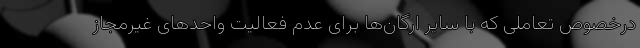
درخصوص تعاملی که با سایر ارگان‌ها برای عدم فعالیت واحدهای غیرمجاز